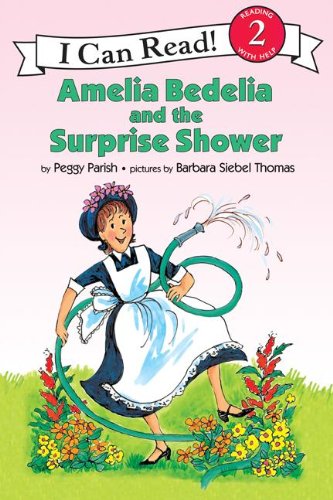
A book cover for Amelia Bedelia and the Surprise Shower (I Can Read, Level 2); Peggy Parish; Children's Books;